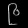
Digit: ၉